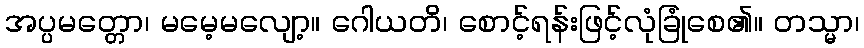
အပ္ပမတ္တော၊ မမေ့မလျော့။ ဂေါယတိ၊ စောင့်ရန်းဖြင့်လုံခြုံစေ၏။ တသ္မာ၊